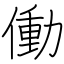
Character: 働